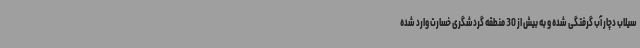
سیلاب دچار آب گرفتگی شده و به بیش از 30 منطقه گردشگری خسارت وارد شده